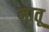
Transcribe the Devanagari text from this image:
मातू